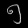
Digit: ၅